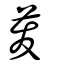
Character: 茇